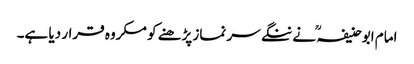
امام ابوحنیفہ ؒ نے ننگے سر نماز پڑھنے کو مکروہ قرار دیا ہے۔